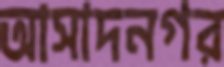
আসাদনগর